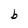
Character: b